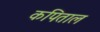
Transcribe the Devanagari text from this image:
कपिताल